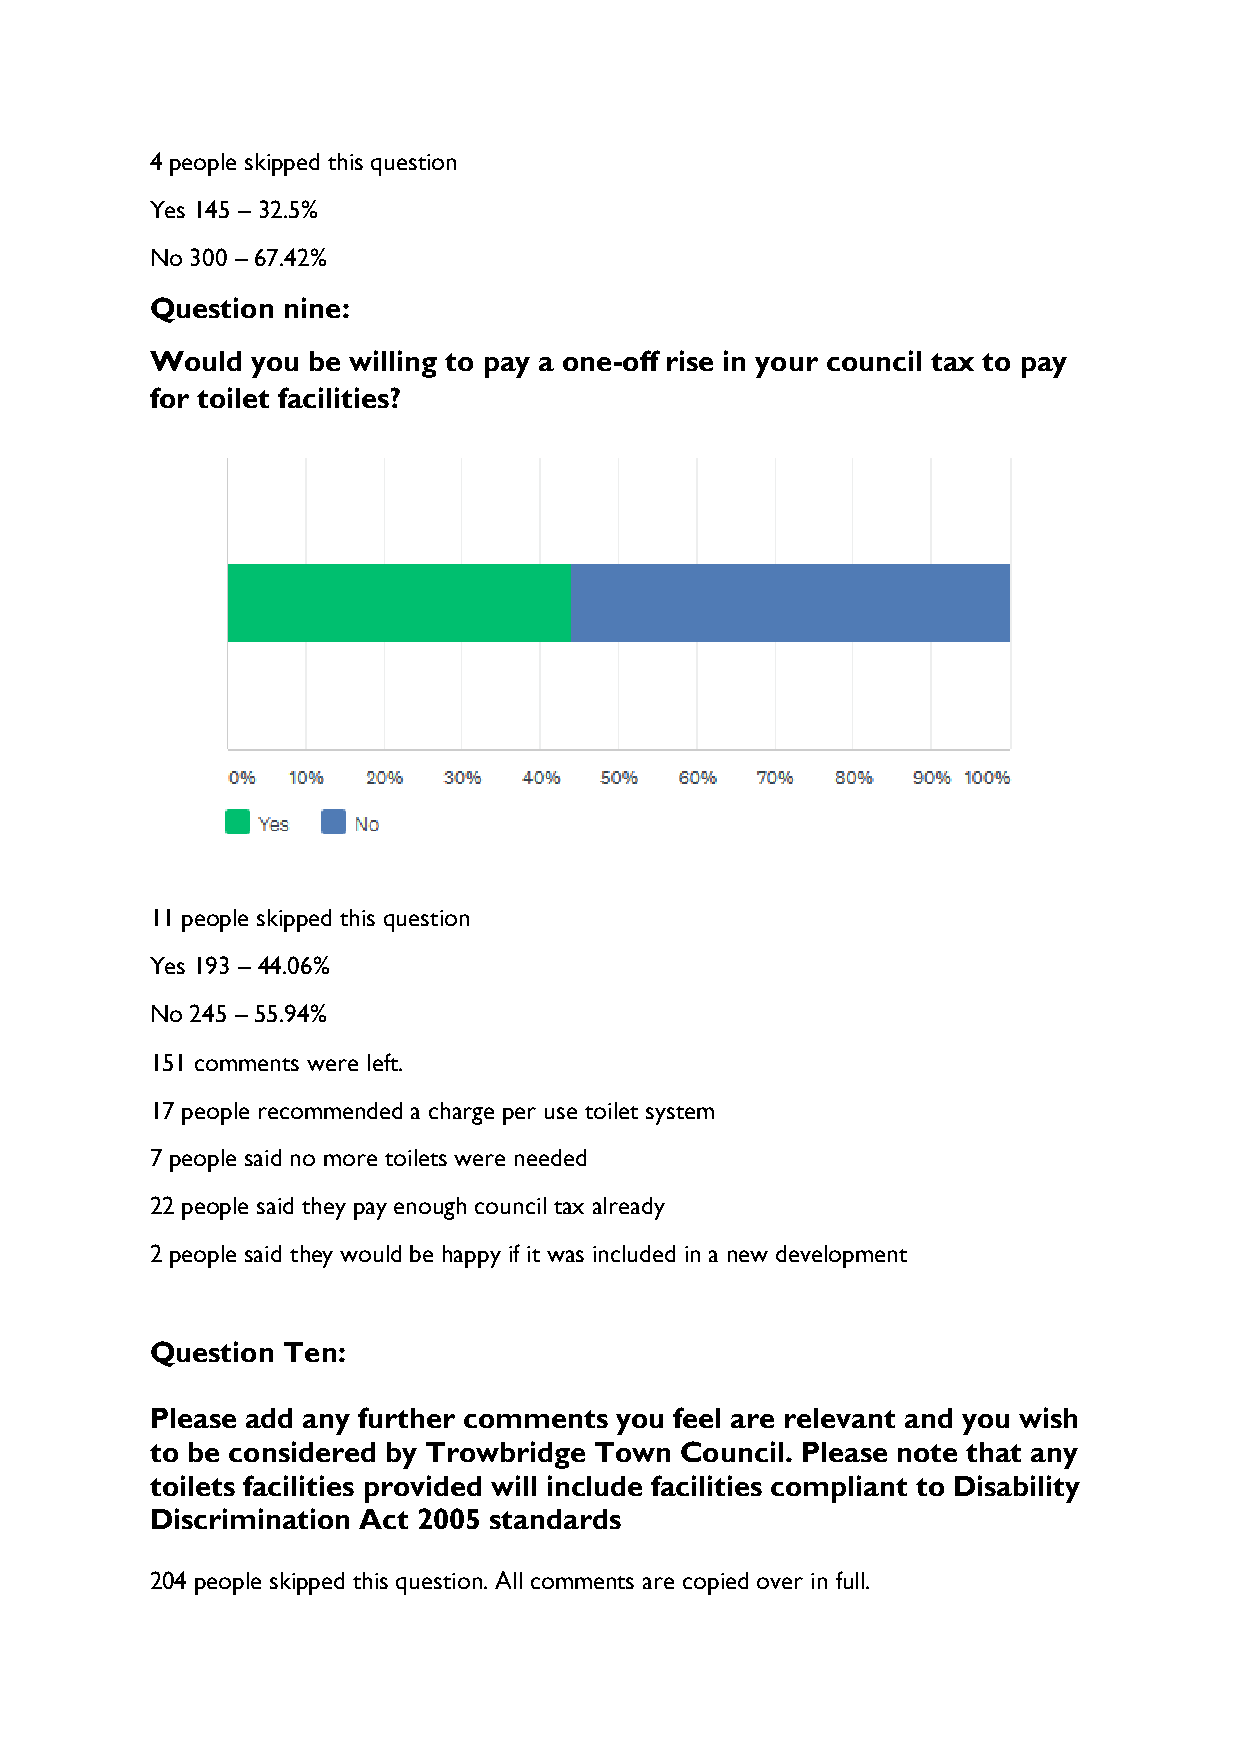
4 people skipped this question
 Yes 145 – 32.5%
 No 300 – 67.42%
 Question nine:
 Would  you be willing to pay a one-off rise in your council tax to pay
 for toilet facilities?
 11 people skipped this question
 Yes 193 – 44.06%
 No 245 – 55.94%
 151 comments were left.
 17 people recommended a charge per use toilet system
 7 people said no more toilets were needed
 22 people said they pay enough council tax already
 2 people said they would be happy if it was included in a new development
 Question Ten:
 Please add any further comments you feel are relevant and you wish
 to be considered by Trowbridge Town Council. Please note that any
 toilets facilities provided will include facilities compliant to Disability
 Discrimination Act 2005 standards
 204 people skipped this question. All comments are copied over in full.